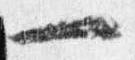
一